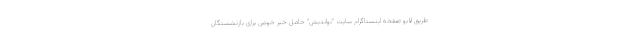
طریق لایو صفحه اینستاگرام سایت "نواندیش" حامل خبر خوشی برای بازنشستگان